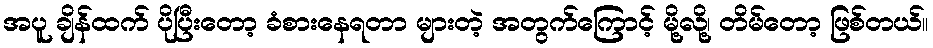
အပူ ချိန်ထက် ပိုပြီးတော့ ခံစားနေရတာ များတဲ့ အတွက်ကြောင့် မို့လို့၊ တိမ်တော့ ဖြစ်တယ်။